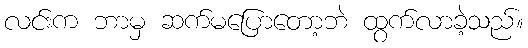
လင်းက ဘာမှ ဆက်မပြောတော့ဘဲ ထွက်လာခဲ့သည်။